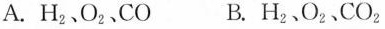
A.H_{2}、O_{2}、CO B.H_{2}、O_{2}、CO_{2}